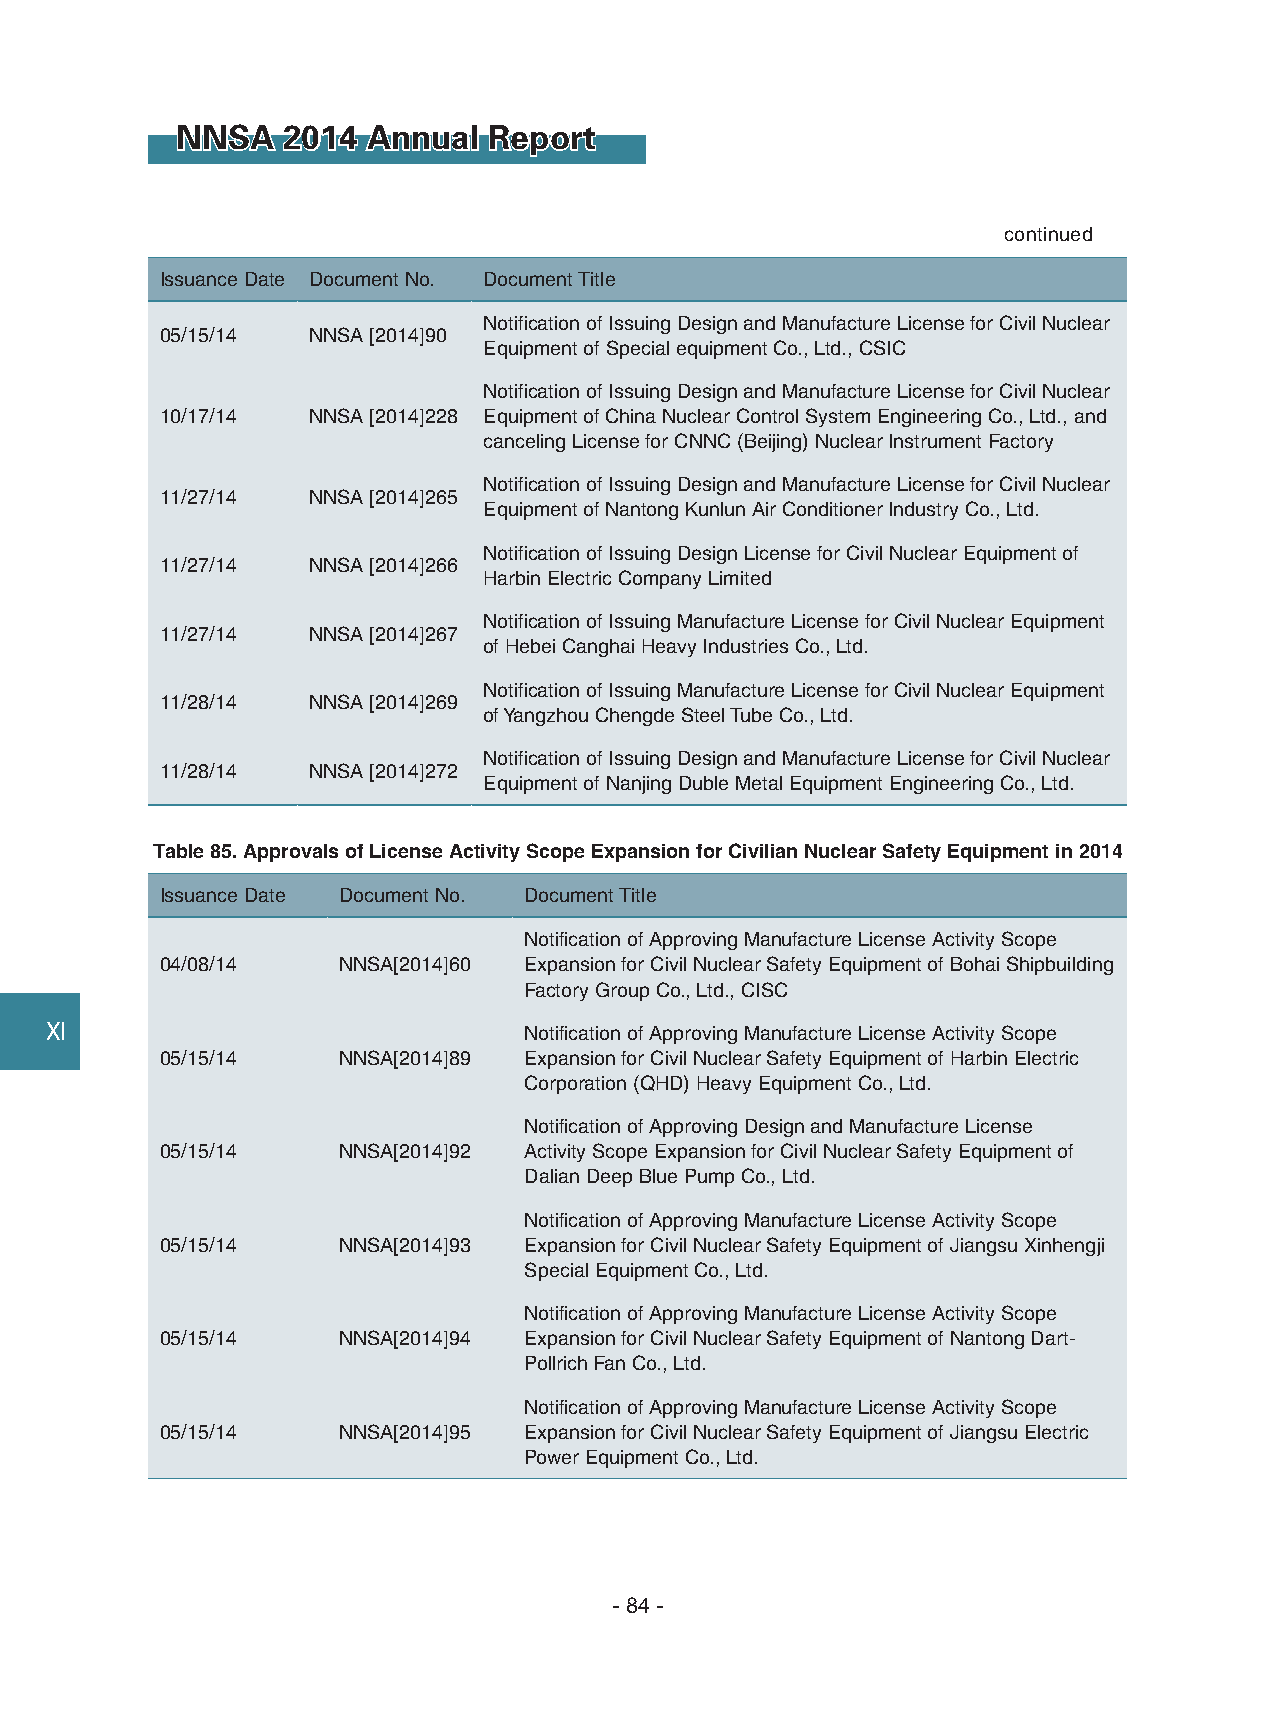
NNSA   2014 Annual  Report
 continued
 Issuance Date Document No. Document Title
 Notification of Issuing Design and Manufacture License for Civil Nuclear
 05/15/14 NNSA [2014]90
 Equipment of Special equipment Co., Ltd., CSIC
 Notification of Issuing Design and Manufacture License for Civil Nuclear
 10/17/14 NNSA [2014]228 Equipment of China Nuclear Control System Engineering Co., Ltd., and
 canceling License for CNNC (Beijing) Nuclear Instrument Factory
 Notification of Issuing Design and Manufacture License for Civil Nuclear
 11/27/14 NNSA [2014]265
 Equipment of Nantong Kunlun Air Conditioner Industry Co., Ltd.
 Notification of Issuing Design License for Civil Nuclear Equipment of
 11/27/14 NNSA [2014]266
 Harbin Electric Company Limited
 Notification of Issuing Manufacture License for Civil Nuclear Equipment
 11/27/14 NNSA [2014]267
 of Hebei Canghai Heavy Industries Co., Ltd.
 Notification of Issuing Manufacture License for Civil Nuclear Equipment
 11/28/14 NNSA [2014]269
 of Yangzhou Chengde Steel Tube Co., Ltd.
 Notification of Issuing Design and Manufacture License for Civil Nuclear
 11/28/14 NNSA [2014]272
 Equipment of Nanjing Duble Metal Equipment Engineering Co., Ltd.
 Table 85. Approvals of License Activity Scope Expansion for Civilian Nuclear Safety Equipment in 2014
 Issuance Date Document No. Document Title
 Notification of Approving Manufacture License Activity Scope
 04/08/14   NNSA[2014]60 Expansion for Civil Nuclear Safety Equipment of Bohai Shipbuilding
 Factory Group Co., Ltd., CISC
 Ⅺ                               Notification of Approving Manufacture License Activity Scope
 05/15/14   NNSA[2014]89 Expansion for Civil Nuclear Safety Equipment of Harbin Electric
 Corporation (QHD) Heavy Equipment Co., Ltd.
 Notification of Approving Design and Manufacture License
 05/15/14   NNSA[2014]92 Activity Scope Expansion for Civil Nuclear Safety Equipment of
 Dalian Deep Blue Pump Co., Ltd.
 Notification of Approving Manufacture License Activity Scope
 05/15/14   NNSA[2014]93 Expansion for Civil Nuclear Safety Equipment of Jiangsu Xinhengji
 Special Equipment Co., Ltd.
 Notification of Approving Manufacture License Activity Scope
 05/15/14   NNSA[2014]94 Expansion for Civil Nuclear Safety Equipment of Nantong Dart-
 Pollrich Fan Co., Ltd.
 Notification of Approving Manufacture License Activity Scope
 05/15/14   NNSA[2014]95 Expansion for Civil Nuclear Safety Equipment of Jiangsu Electric
 Power Equipment Co., Ltd.
 - 84 -